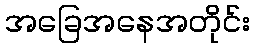
အခြေအနေအတိုင်း